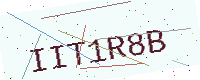
Text: IIT1R8B